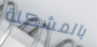
بالمشكلة